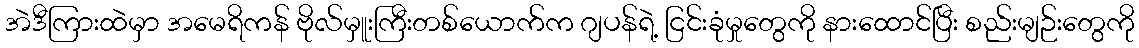
အဲဒီကြားထဲမှာ အမေရိကန် ဗိုလ်မှူးကြီးတစ်ယောက်က ဂျပန်ရဲ့ ငြင်းခုံမှုတွေကို နားထောင်ပြီး စည်းမျဉ်းတွေကို